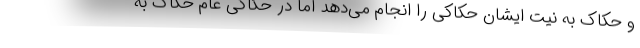
و حکاک به نیت ایشان حکاکی را انجام می‌دهد اما در حکاکی عام حکاک به